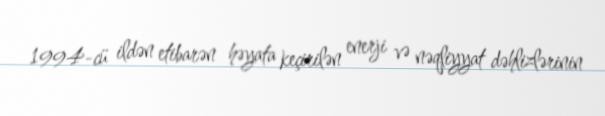
1994-cü ildən etibarən həyata keçirilən enerji və nəqliyyat dəhlizlərinin